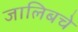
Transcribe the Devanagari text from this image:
जालिबचे